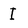
Character: I